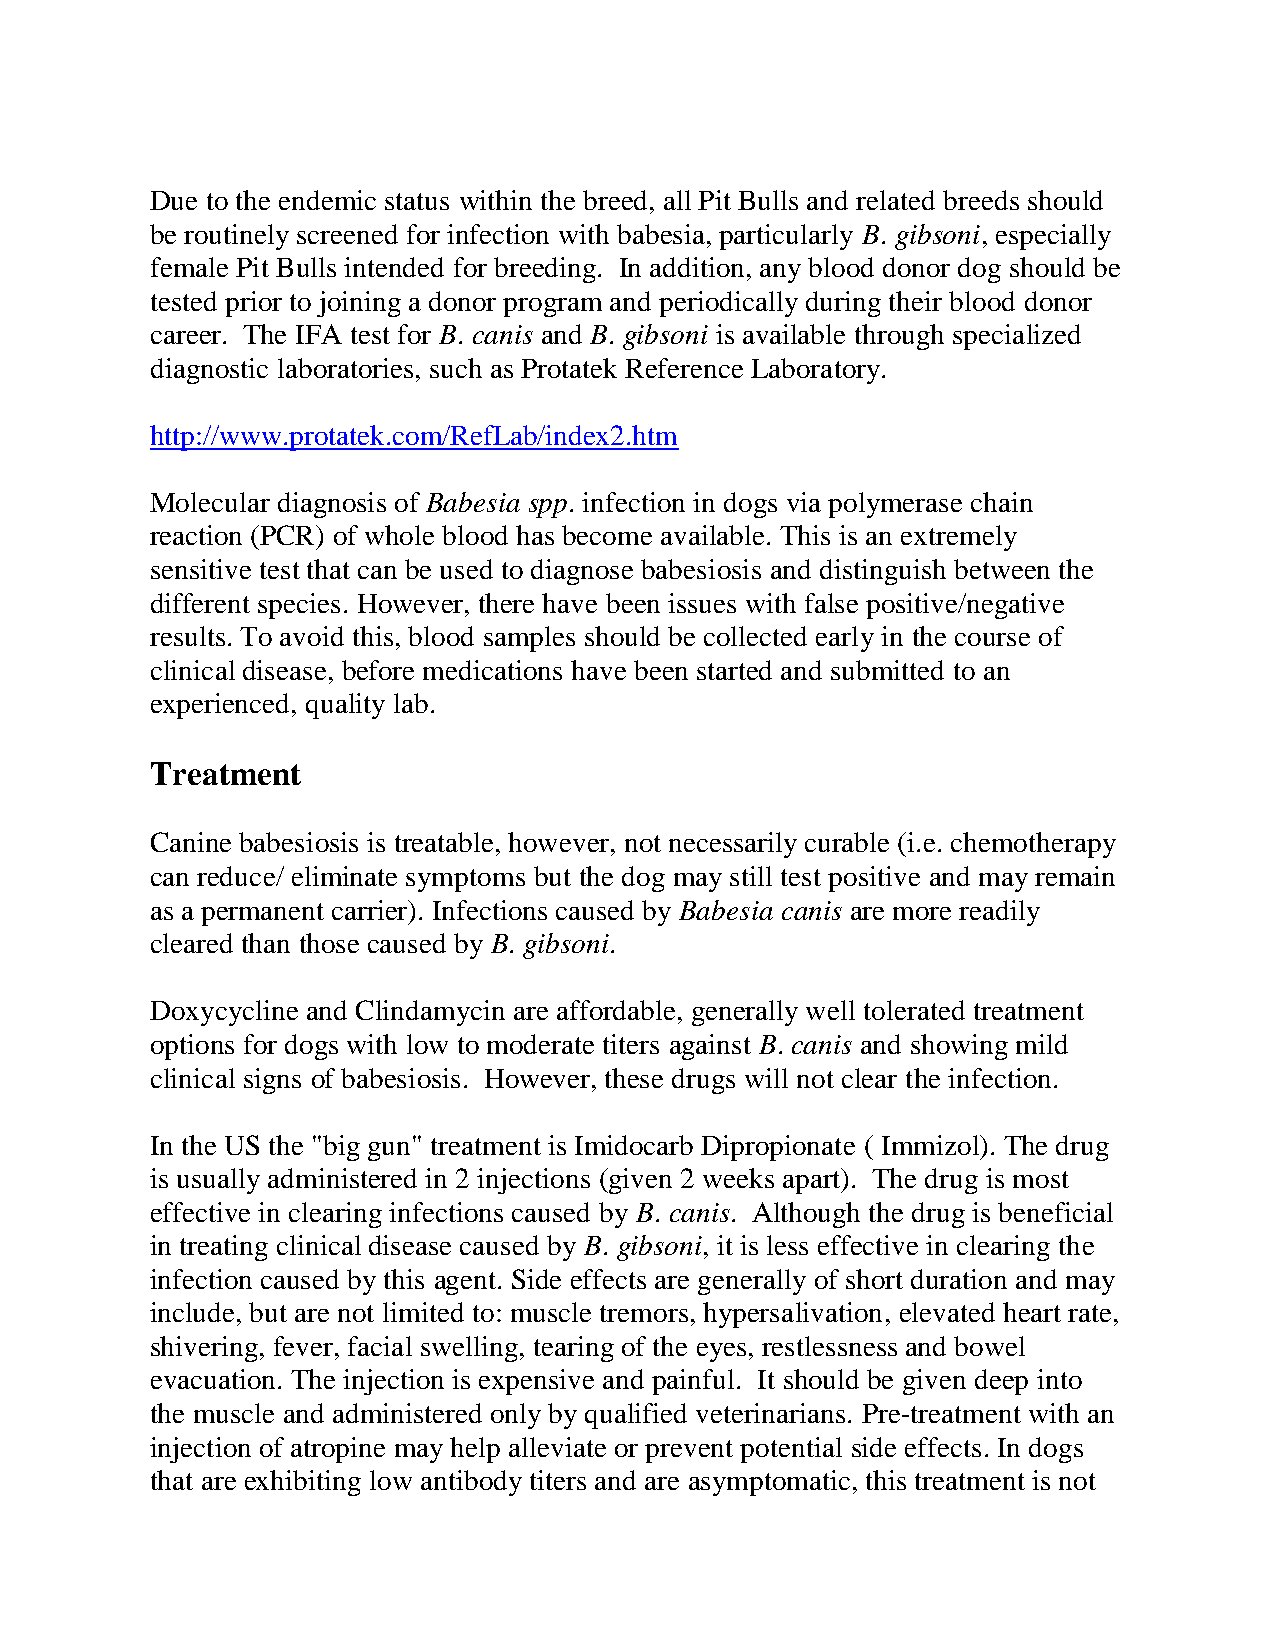
Due to the endemic status within the breed, all Pit Bulls and related breeds should
 be routinely screened for infection with babesia, particularly B. gibsoni, especially
 female Pit Bulls intended for breeding. In addition, any blood donor dog should be
 tested prior to joining a donor program and periodically during their blood donor
 career. The IFA test for B. canis and B. gibsoni is available through specialized
 diagnostic laboratories, such as Protatek Reference Laboratory.
 http://www.protatek.com/RefLab/index2.htm
 Molecular diagnosis of Babesia spp. infection in dogs via polymerase chain
 reaction (PCR) of whole blood has become available. This is an extremely
 sensitive test that can be used to diagnose babesiosis and distinguish between the
 different species. However, there have been issues with false positive/negative
 results. To avoid this, blood samples should be collected early in the course of
 clinical disease, before medications have been started and submitted to an
 experienced, quality lab.
 Treatment
 Canine babesiosis is treatable, however, not necessarily curable (i.e. chemotherapy
 can reduce/ eliminate symptoms but the dog may still test positive and may remain
 as a permanent carrier). Infections caused by Babesia canis are more readily
 cleared than those caused by B. gibsoni.
 Doxycycline and Clindamycin are affordable, generally well tolerated treatment
 options for dogs with low to moderate titers against B. canis and showing mild
 clinical signs of babesiosis. However, these drugs will not clear the infection.
 In the US the "big gun" treatment is Imidocarb Dipropionate ( Immizol). The drug
 is usually administered in 2 injections (given 2 weeks apart). The drug is most
 effective in clearing infections caused by B. canis. Although the drug is beneficial
 in treating clinical disease caused by B. gibsoni, it is less effective in clearing the
 infection caused by this agent. Side effects are generally of short duration and may
 include, but are not limited to: muscle tremors, hypersalivation, elevated heart rate,
 shivering, fever, facial swelling, tearing of the eyes, restlessness and bowel
 evacuation. The injection is expensive and painful. It should be given deep into
 the muscle and administered only by qualified veterinarians. Pre-treatment with an
 injection of atropine may help alleviate or prevent potential side effects. In dogs
 that are exhibiting low antibody titers and are asymptomatic, this treatment is not